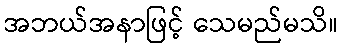
အဘယ်အနာဖြင့် သေမည်မသိ။